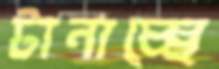
টানাচ্ছে